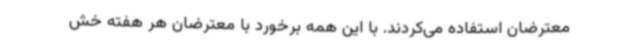
معترضان استفاده می‌کردند. با این همه برخورد با معترضان هر هفته خش